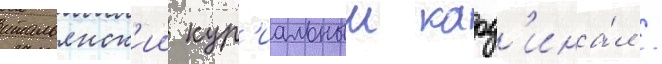
итальянск'ии кур'иальныи кард'ина́л /